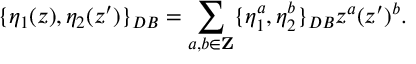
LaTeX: \{ \eta _ { 1 } ( z ) , \eta _ { 2 } ( z ^ { \prime } ) \} _ { D B } = \sum _ { a , b \in { \bf Z } } \{ \eta _ { 1 } ^ { a } , \eta _ { 2 } ^ { b } \} _ { D B } z ^ { a } ( z ^ { \prime } ) ^ { b } .